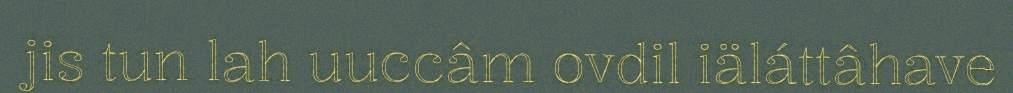
jis tun lah uuccâm ovdil iäláttâhave